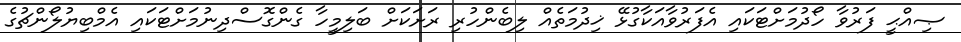
ޞިއްޙީ ފަރުވާ ހޯދުމަށްޓަކައި އެފަރުވާއަކާގުޅޭ ޚިދުމަތެއް ލިބެންހުރި ރަށަކަށް ބަލިމީހާ ގެންގޮސްދިނުމަށްޓަކައި އެމްބިޔުލޯންޗުގެ